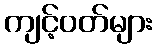
ကျင့်ဝတ်များ